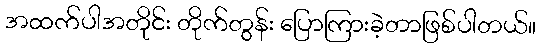
အထက်ပါအတိုင်း တိုက်တွန်း ပြောကြားခဲ့တာဖြစ်ပါတယ်။